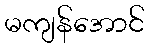
မကျန်အောင်